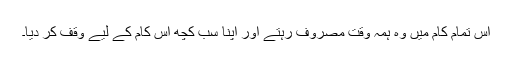
اس تمام کام میں وہ ہمہ وقت مصروف رہتے اور اپنا سب کچھ اس کام کے لیے وقف کر دیا۔